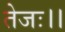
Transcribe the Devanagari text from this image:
तेजः।।